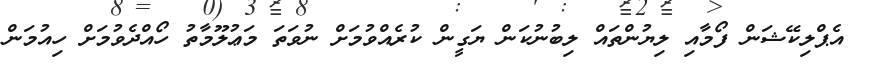
އެޕްލިކޭޝަން ފޯމާއި ލިޔުންތައް ލިބުނުކަން ޔަގީން ކުރެއްވުމަށް ނުވަތަ މަޢުލޫމާތު ހޯއްދެވުމަށް ހިއުމަން